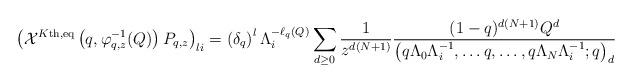
LaTeX: \begin{align*} \left( \mathcal{X}^{K\textnormal{th,eq}}\left(q,\varphi_{q,z}^{-1}(Q)\right)P_{q,z} \right)_{li} = \left( \delta_q \right)^l \Lambda_i^{-\ell_q(Q)} \sum_{d \geq 0} \frac{1}{z^{d(N+1)}} \frac{(1-q)^{d(N+1)}Q^d}{\left(q\Lambda_0 \Lambda_i^{-1}, \dots q, \dots ,q\Lambda_N \Lambda_i^{-1} ;q \right)_d} \end{align*}